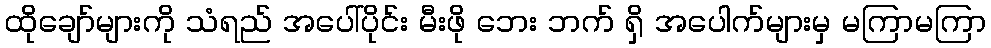
ထိုချော်များကို သံရည် အပေါ်ပိုင်း မီးဖို ဘေး ဘက် ရှိ အပေါက်များမှ မကြာမကြာ